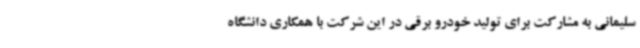
سلیمانی به مشارکت برای تولید خودرو برقی در این شرکت با همکاری دانشگاه